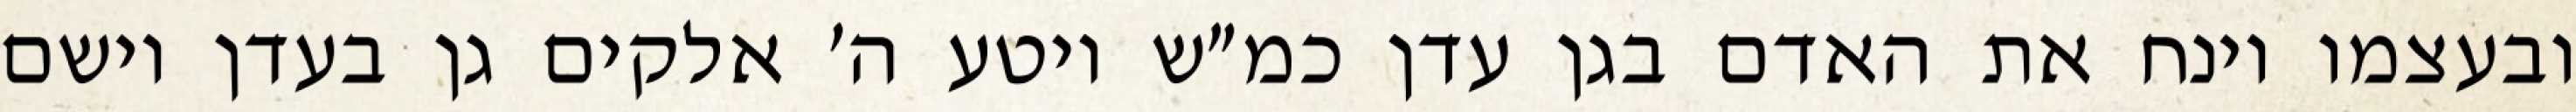
ובעצמו וינח את האדם בגן עדן כמ״ש ויטע ה׳ אלקים גן בעדן וישם